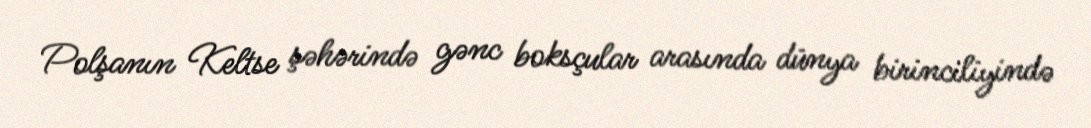
Polşanın Keltse şəhərində gənc boksçular arasında dünya birinciliyində